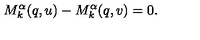
M _ { k } ^ { \alpha } ( q , u ) - M _ { k } ^ { \alpha } ( q , v ) = 0 .